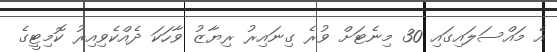
އެ މައްސަލައިގައި 30 މިނެޓަށް ވުރެ ގިނައިރު ރިޔާޒު ވާހަކަ ދެއްކެވިއިރު ކޮމިޓީގެ